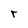
Character: r